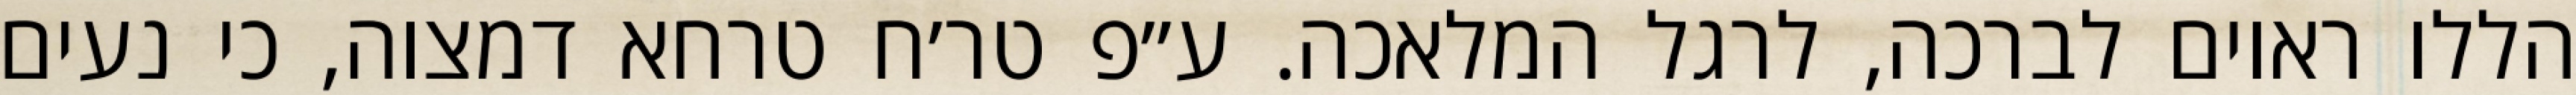
הללו ראוים לברכה, לרגל המלאכה. ע״פ טר׳ח טרחא דמצוה, כי נעים